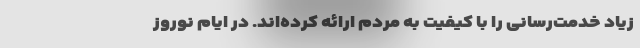
زیاد خدمت‌رسانی را با کیفیت به مردم ارائه کرده‌اند. در ایام نوروز